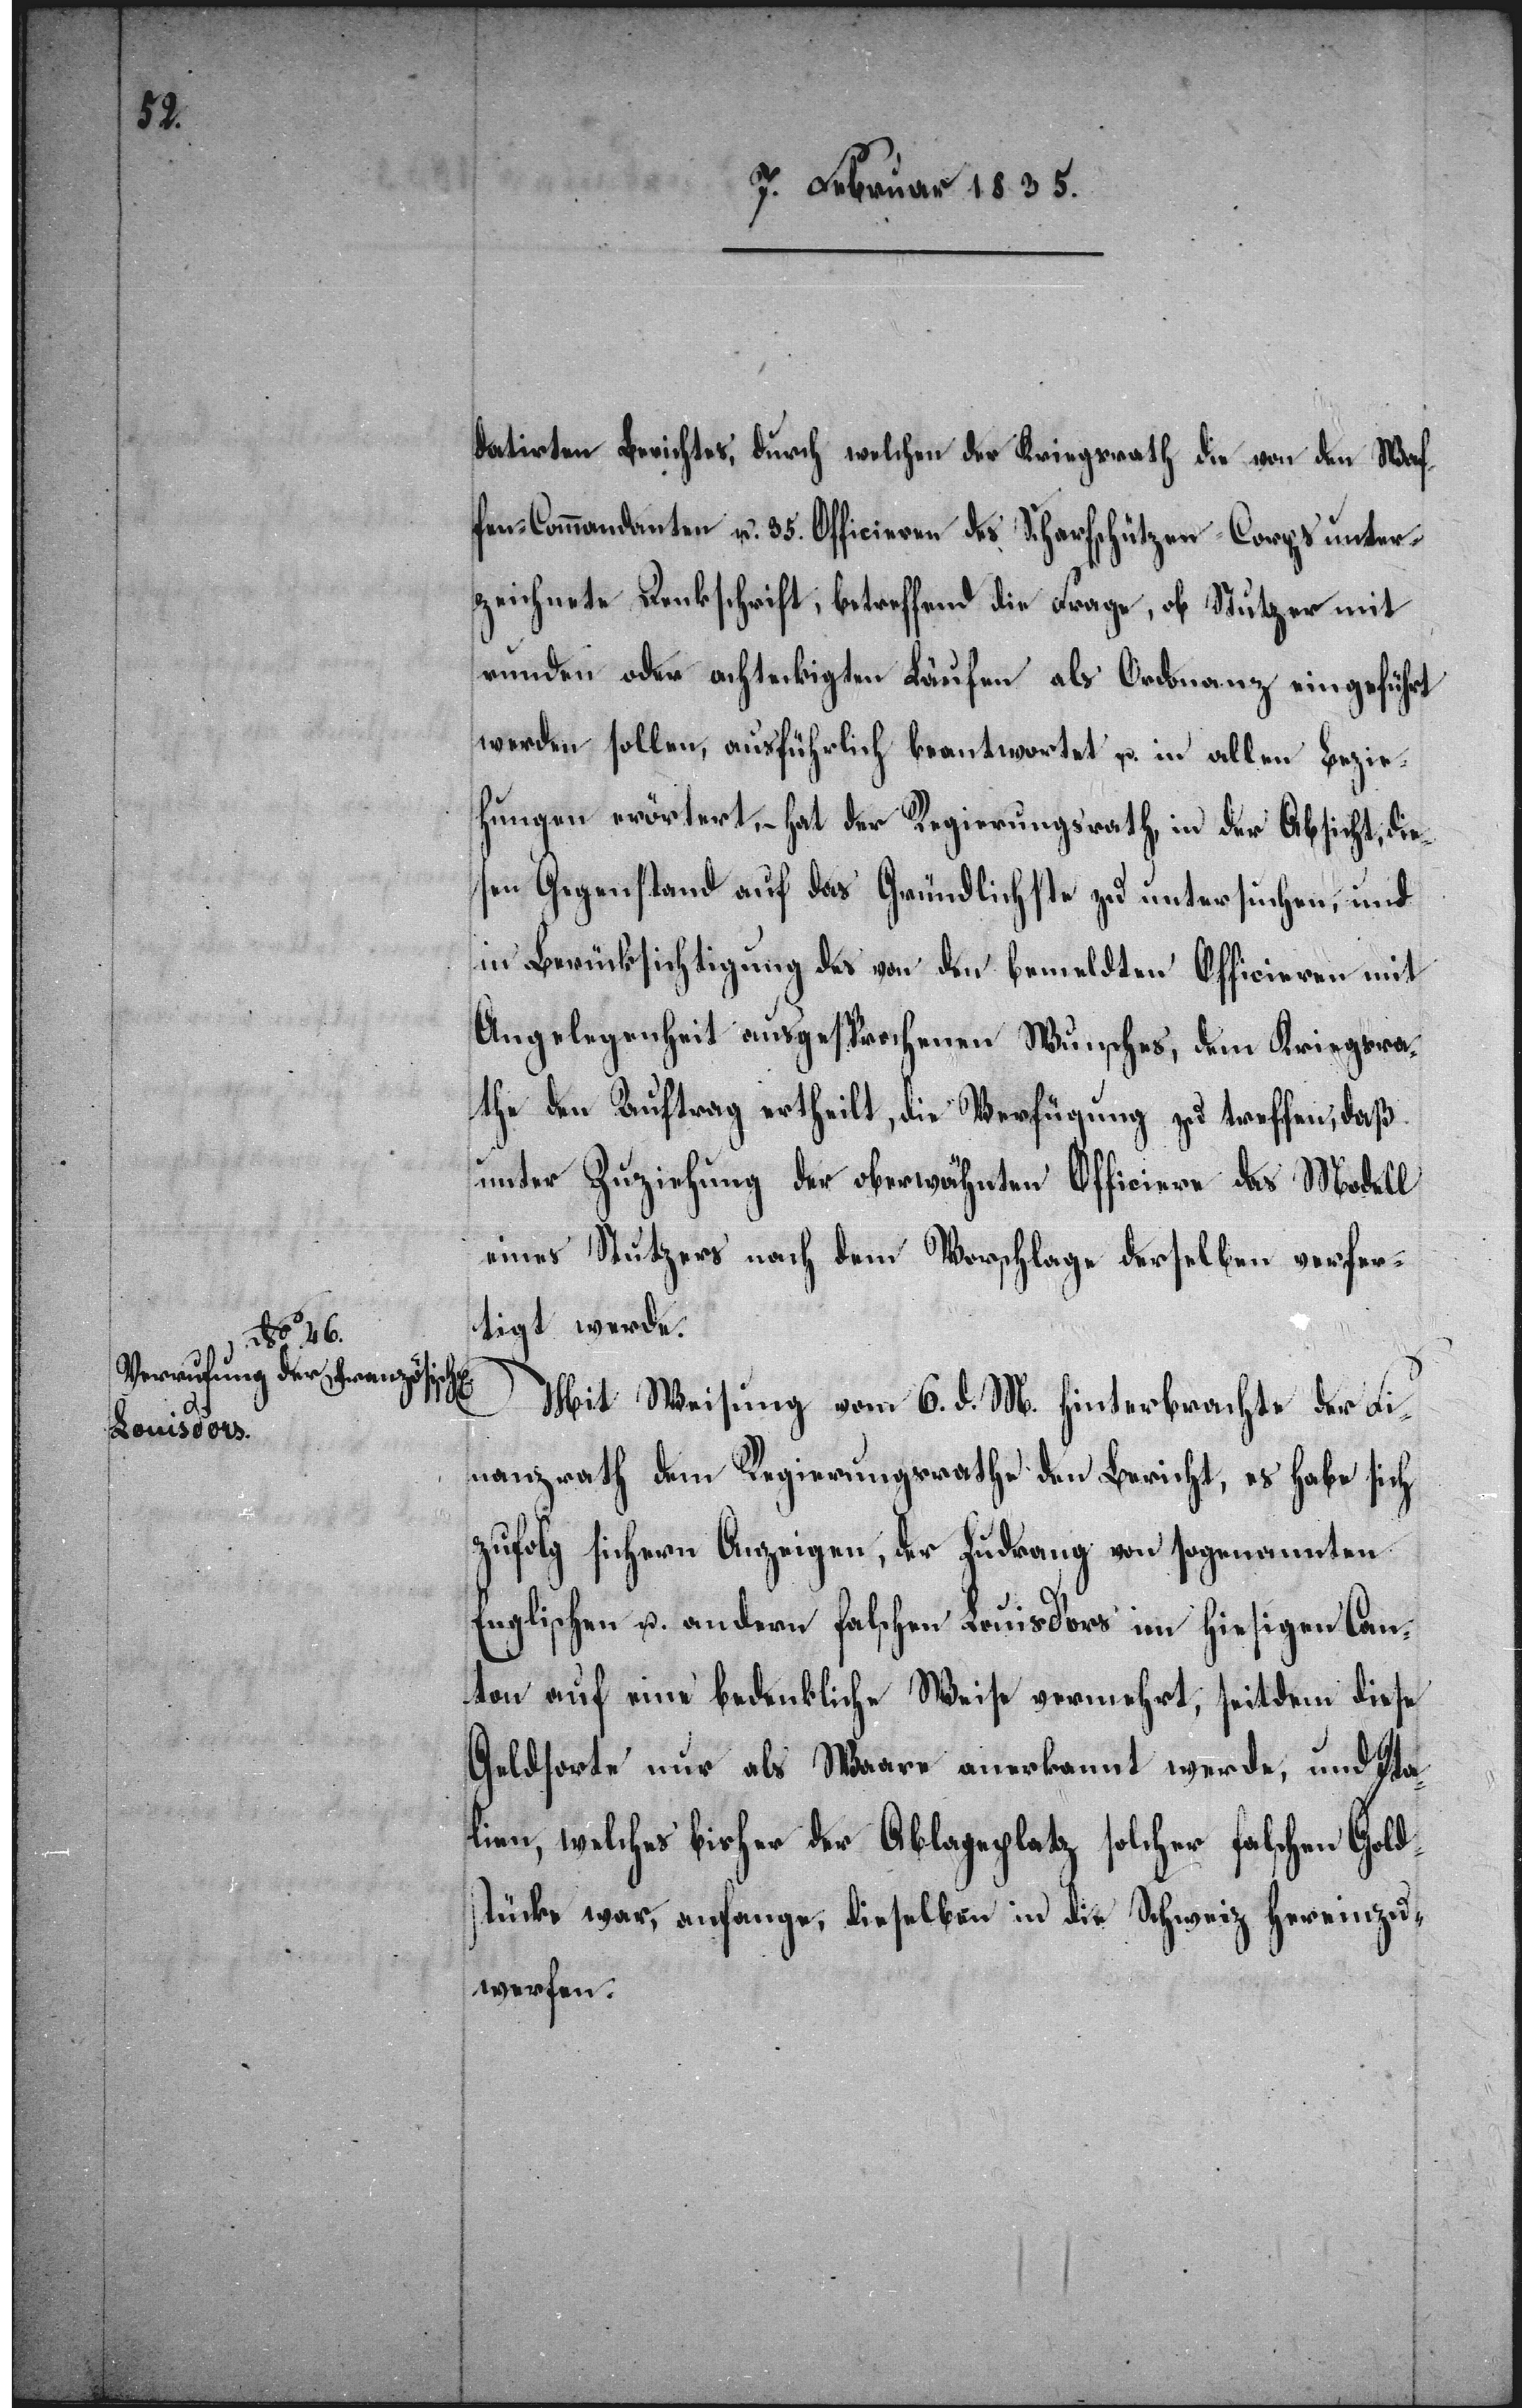
datirten Berichtes, durch welchen der Kriegsrath die von den Waf¬
fen-Commandanten u. 35. Officieren des Scharfschützen-Corps unter¬
zeichnete Denkschrift, betreffend die Frage, ob Stutzer mit
runden oder achteckigten Läufen als Ordonanz eingeführt
werden sollen, ausführlich beantwortet u. in allen Bezie¬
hungen erörtert, – hat der Regierungsrath in der Absicht, die¬
sen Gegenstand auf das Gründlichste zu untersuchen, und
in Berücksichtigung des von den bemeldten Officieren mit
Angelegenheit ausgesprochenen Wunsches, dem Kriegsra¬
the den Auftrag ertheilt, die Verfügung zu treffen, daß
unter Zuziehung der oberwähnten Officiere das Modell
eines Stutzers nach dem Vorschlage derselben verfer¬
tigt werde.
Mit Weisung vom 6. d. M. hinterbrachte der Fi¬
nanzrath dem Regierungsrathe den Bericht, es habe sich
zufolg sichern Anzeigen, der Zudrang von sogenannten
Englischen u. andern falschen Louisd’ors im hiesigen Can¬
ton auf eine bedenkliche Weise vermehrt, und Ita¬
lien, welches bisher der Ablageplatz solcher falschen Golds¬
tücke war, anfange, dieselben in die Schweiz hereinzu¬
werfen.